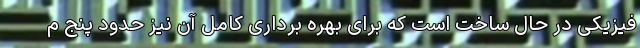
فیزیکی در حال ساخت است که برای بهره برداری کامل آن نیز حدود پنج م